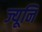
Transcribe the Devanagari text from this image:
ज्यूनि